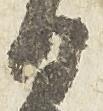
日